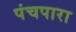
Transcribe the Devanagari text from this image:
पंचपारा